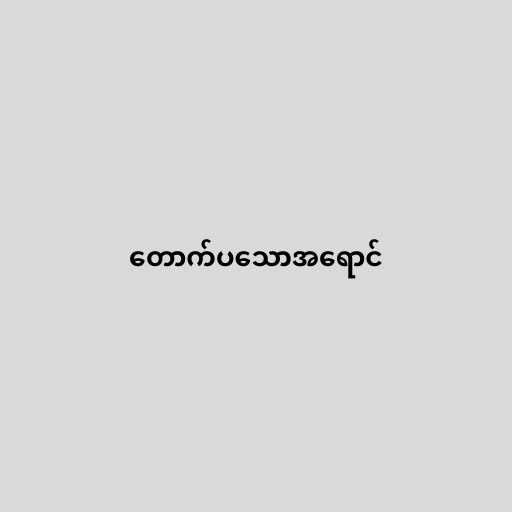
တောက်ပသောအရောင်